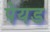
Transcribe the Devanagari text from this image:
पेयड